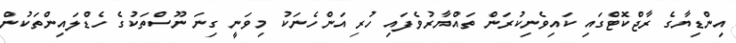
އިންޑިޔާގެ ރާޖްކޮޓްގައި ކައިވެނިކުރަން ތައްޔާރުވެފައި ހުރި އަންހެނަކު މިވަނީ ގިނަ ނޫސްތަކުގެ ހެޑްލައިންތަކުން